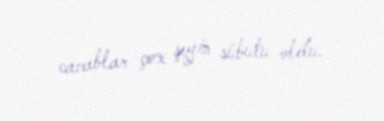
cavablar çox şeyin sübutu oldu.